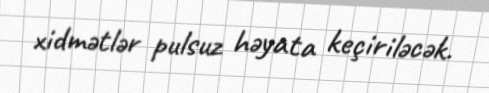
xidmətlər pulsuz həyata keçiriləcək.